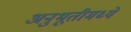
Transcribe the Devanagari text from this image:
अनुभूतीमध्ये